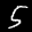
Label: 5